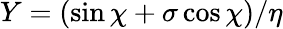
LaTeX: Y=(\sin\chi+\sigma\cos\chi)/\eta